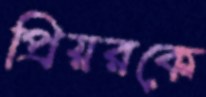
প্রিয়রকে